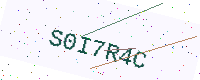
Text: S0I7R4C